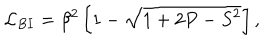
LaTeX: { \cal { L } } _ { B I } = \beta ^ { 2 } \, \biggl [ 1 - \sqrt { 1 + 2 P - S ^ { 2 } } \biggr ] \, ,